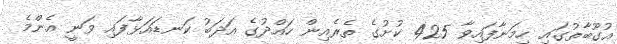
އުގޫބާތުގައި ހިމަނާފައިވާ 425 ކުށުގެ ތެރެއިން ހައްދުގެ އަދަބު ކަނޑައަޅާފައި ވަނީ އެންމެ